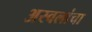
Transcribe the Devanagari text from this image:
अस्वलांचा